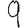
Digit: 9